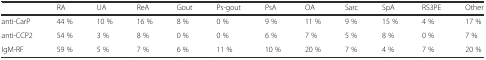
<table><thead><tr><td></td><td><b>RA</b></td><td><b>UA</b></td><td><b>ReA</b></td><td><b>Gout</b></td><td><b>Ps-gout</b></td><td><b>PsA</b></td><td><b>OA</b></td><td><b>Sarc</b></td><td><b>SpA</b></td><td><b>RS3PE</b></td><td><b>Other</b></td></tr></thead><tbody><tr><td>anti-CarP</td><td>44 %</td><td>10 %</td><td>16 %</td><td>8 %</td><td>0 %</td><td>9 %</td><td>11 %</td><td>9 %</td><td>15 %</td><td>4 %</td><td>17 %</td></tr><tr><td>anti-CCP2</td><td>54 %</td><td>3 %</td><td>8 %</td><td>0 %</td><td>0 %</td><td>6 %</td><td>7 %</td><td>5 %</td><td>8 %</td><td>0 %</td><td>7 %</td></tr><tr><td>IgM-RF</td><td>59 %</td><td>5 %</td><td>7 %</td><td>6 %</td><td>11 %</td><td>10 %</td><td>20 %</td><td>7 %</td><td>4 %</td><td>7 %</td><td>20 %</td></tr></tbody></table>